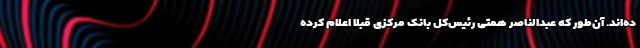
ده‌اند. آن‌طور که عبدالناصر همتی رئیس‌کل بانک مرکزی قبلاً اعلام کرده